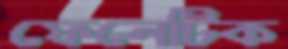
ফেনেটিক